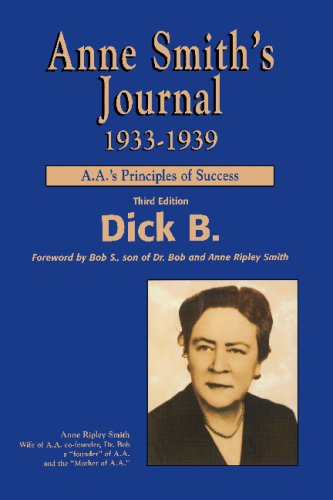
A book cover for Anne Smith's Journal, 1933-1939: A.A.'s Principles of Success; Dick B.; Religion & Spirituality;